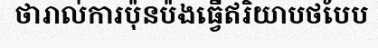
ថារាល់ការប៉ុនប៉ងធ្វើឥរិយាបថបែប